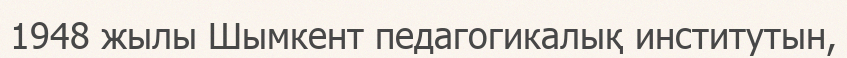
1948 жылы Шымкент педагогикалық институтын,